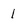
Character: 1